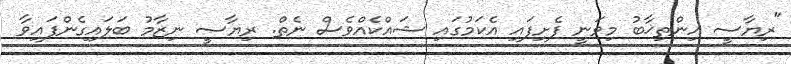
"ރިޔާސީ އިންތިޚާބު މިވަނީ ފެށިފައި އެކަމުގައި ޝައްކެއްވެސް ނެތް. ރިޔާސީ ނިޒާމު ބަލައިގެންފައިވާ